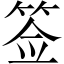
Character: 签